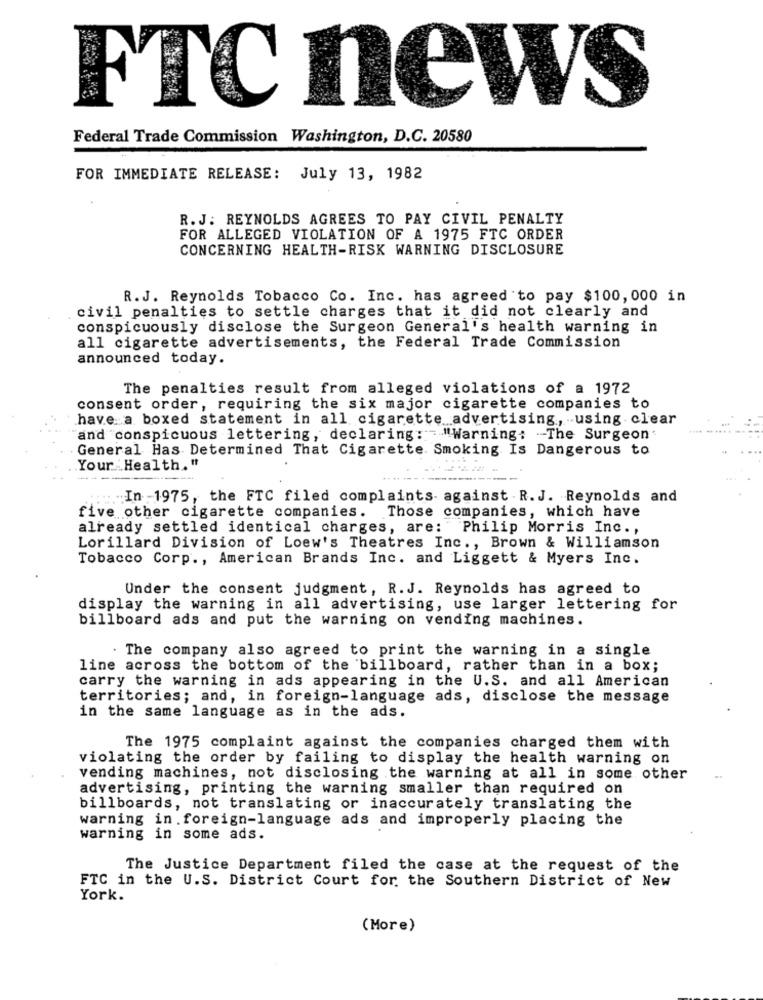
FTC news
Federal Trade Commission Washington, D.C. 20580
FOR IMMEDIATE RELEASE: July 13, 1982
R. J. REYNOLDS AGREES TO PAY CIVIL PENALTY
FOR ALLEGED VIOLATION OF A 1975 FTC ORDER
CONCERNING HEALTH-RISK WARNING DISCLOSURE
R. J. Reynolds Tobacco Co. Inc. has agreed to pay $100,000 in
civil penalties to settle charges that it did not clearly and
conspicuously disclose the Surgeon General's health warning in
all cigarette advertisements, the Federal Trade Commission
announced today.
The penalties result from alleged violations of a 1972
consent order, requiring the six major cigarette companies to
have a boxed statement in all cigarette advertising, using clear
and conspicuous lettering, declaring: "Warning: The Surgeon
General Has Determined That Cigarette Smoking Is Dangerous to
Your Health."
:. In -1975, the FTC filed complaints against . R. J. Reynolds and
five other cigarette companies. Those companies, which have
already settled identical charges, are: Philip Morris Inc .,
Lorillard Division of Loew's Theatres Inc ., Brown & Williamson
Tobacco Corp ., American Brands Inc. and Liggett & Myers Inc.
Under the consent judgment, R.J. Reynolds has agreed to
display the warning in all advertising, use larger lettering for
billboard ads and put the warning on vending machines.
. The company also agreed to print the warning in a single
line across the bottom of the billboard, rather than in a box;
carry the warning in ads appearing in the U.S. and all American
territories; and, in foreign-language ads, disclose the message
in the same language as in the ads.
The 1975 complaint against the companies charged them with
violating the order by failing to display the health warning on
vending machines, not disclosing the warning at all in some other
advertising, printing the warning smaller than required on
billboards, not translating or inaccurately translating the
warning in . foreign-language ads and improperly placing the
warning in some ads.
The Justice Department filed the case at the request of the
FTC in the U.S. District Court for the Southern District of New
York.
(More)